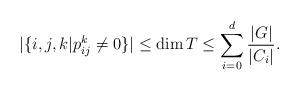
LaTeX: \begin{align*}\vert \lbrace i,j,k \vert p_{ij}^k \neq 0 \rbrace \vert \leq \dim T \leq\sum_{i=0}^d \frac{|G|}{|C_i|}.\end{align*}